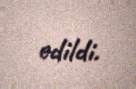
edildi.